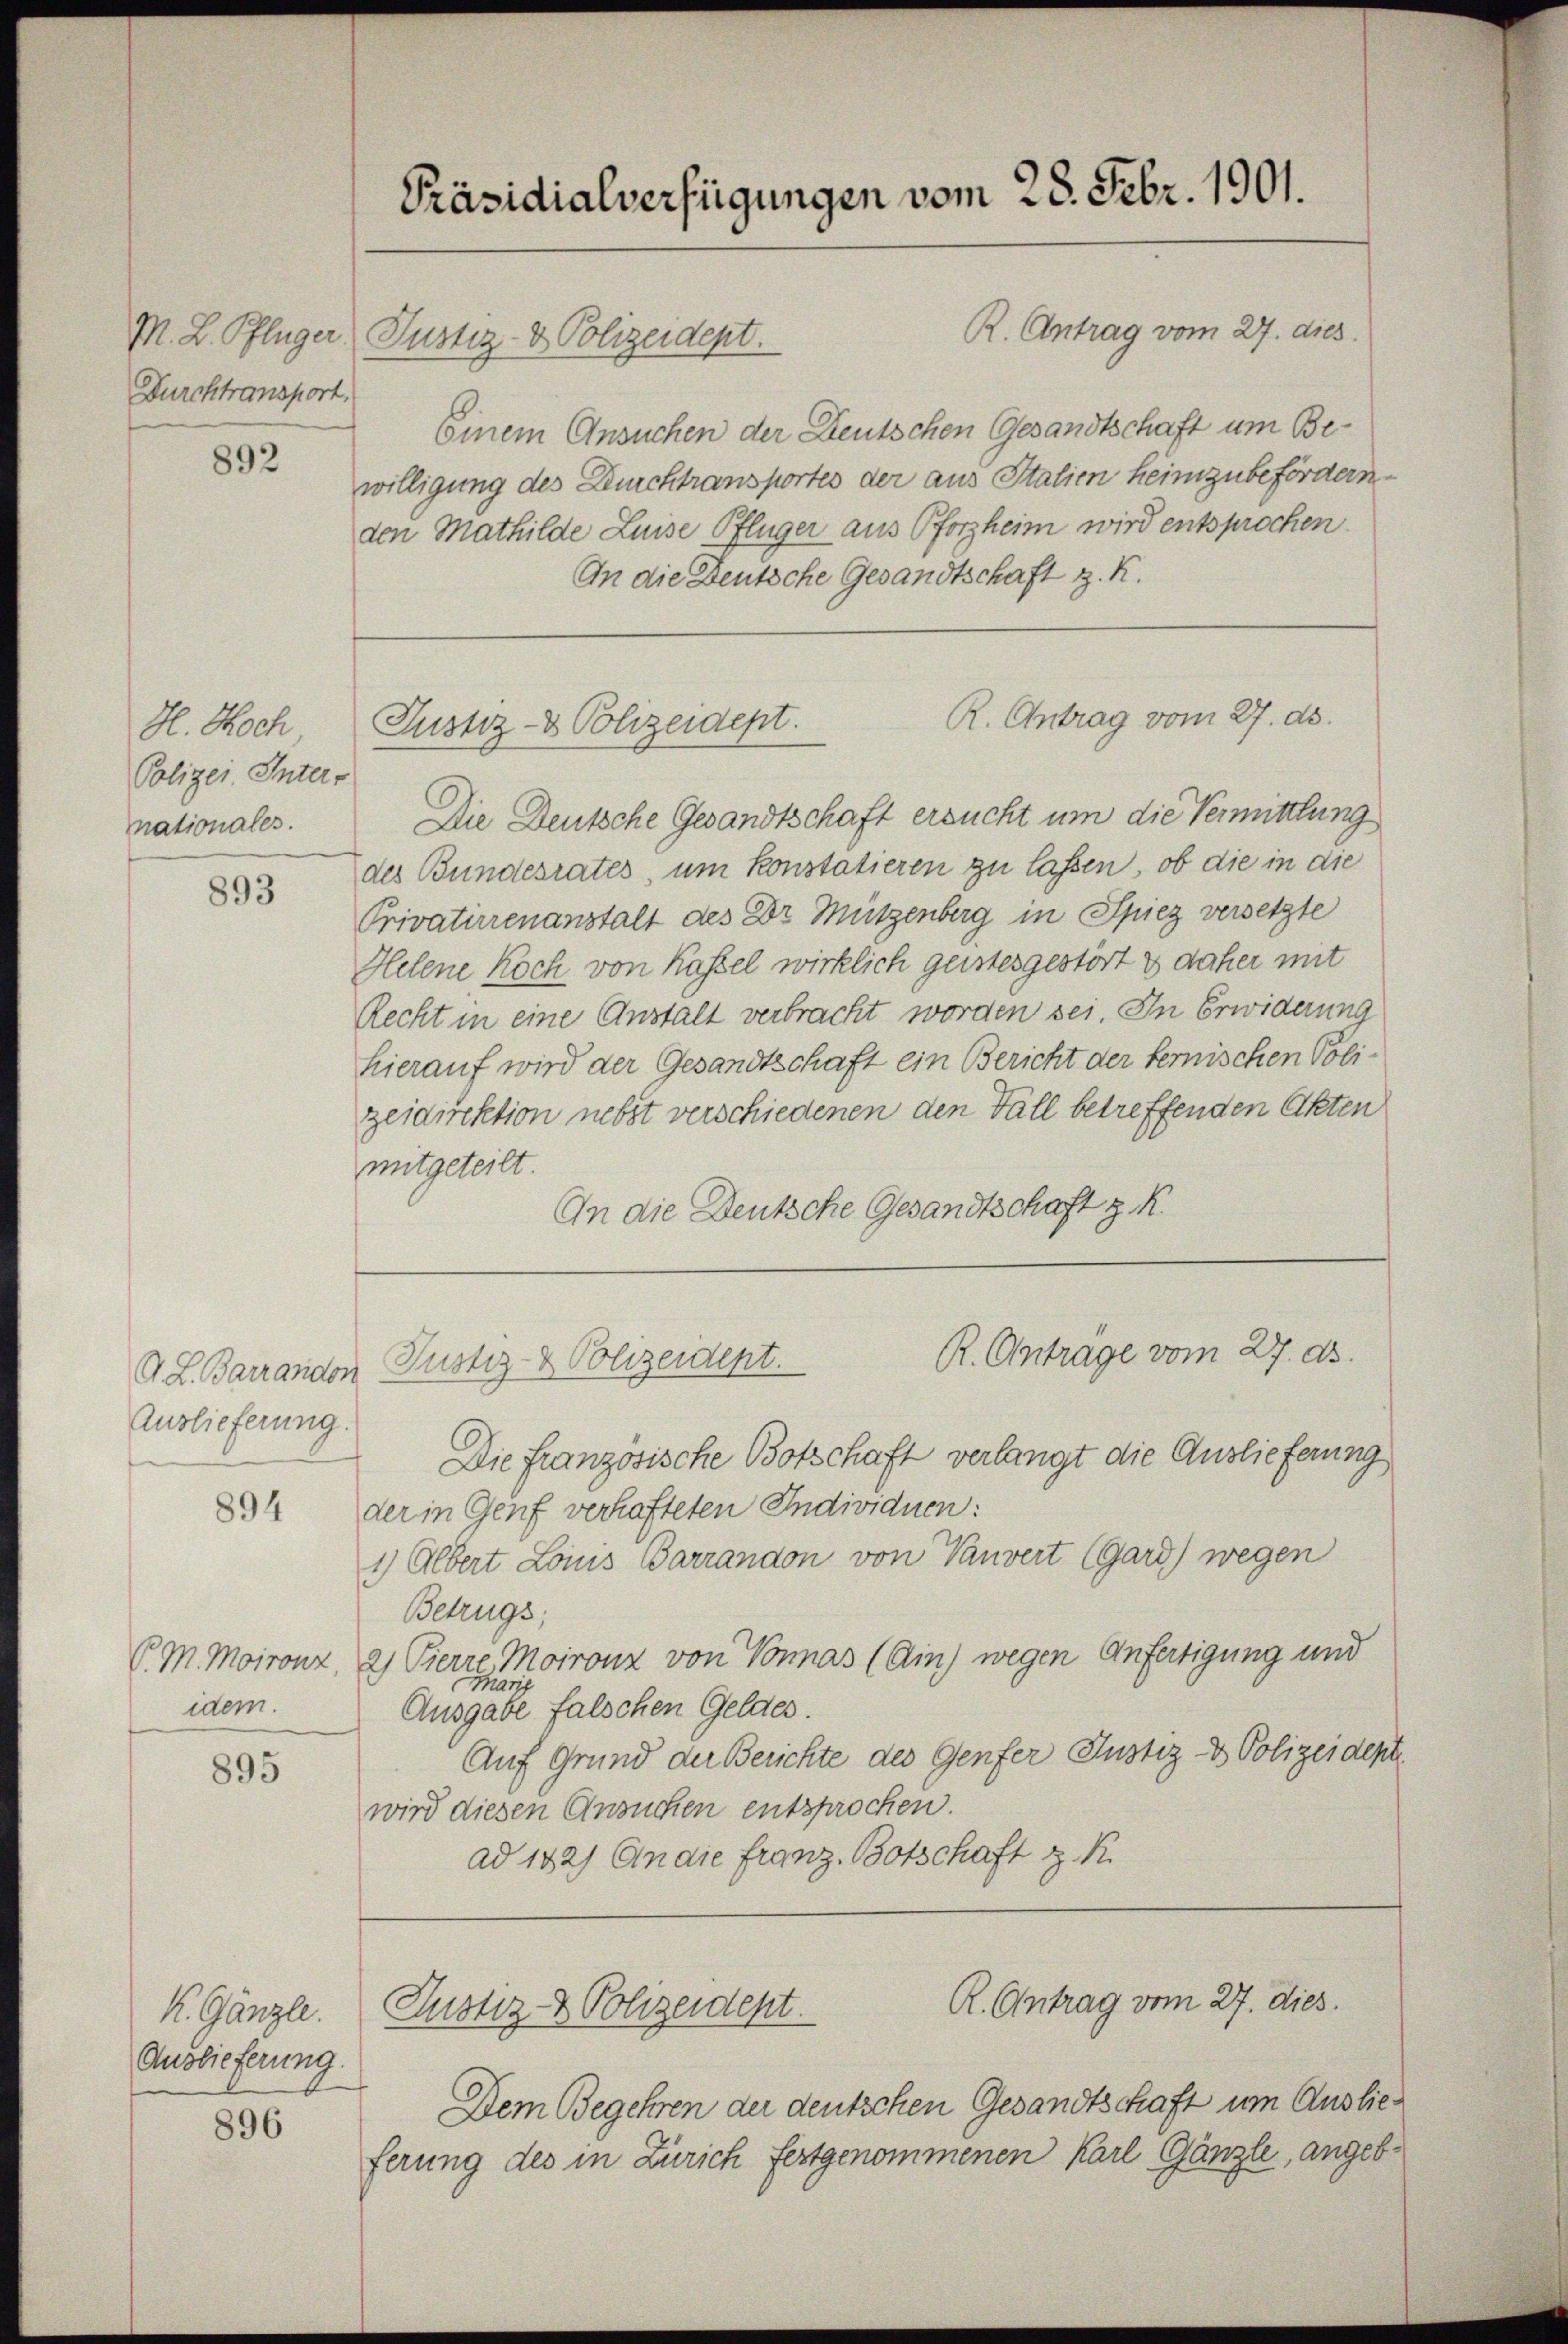
Durchtransport

892

H. Hoch
Polizei. Inter-
nationales.

893

Auslieferung.

894

idem.

895

K. Gänzle
Auslieferung.

896

R. Antrag vom 27. dies
M. L. Pflüger Justiz- & Polizeidept.
Einem Ansuchen der Deutschen Gesandtschaft um Bewilligung des Durchtransportes der aus Italien heimzubefördern
den Mathilde Luise Pflüger aus Pforzheim wird entsprochen.
An die Deutsche Gesandtschaft z. K.

Präsidialverfügungen vom 28. Febr. 1901.

R. Antrag vom 27. ds.
Justiz- & Polizeidept.

R. Antrage vom 27. ds.
A. L. Barrandon Pustiz- & Polizeident.

R. Antrag vom 27. dies.
Justiz- & Polizeidept.

Die Deutsche Gesandtschaft ersucht um die Vermittlung
des Bundesrates, um konstatieren zu lassen, ob die in die
Privaturrenanstalt des Dr. Mützenberg in Spiez versetzte
Helene Koch von Kassel wirklich geistesgestört & daher mit
Recht in eine Anstalt verbracht worden sei. In Erwiderung
hierauf wird der Gesandtschaft ein Bericht der fernischen Polizeidirektion nebst verschiedenen den Fall betreffenden Akten
mitgeteilt.
An die Deutsche Gesandtschaft z. R.

Die französische Botschaft verlangt die Auslieferung
der in Genf verhafteten Individuen:
1) Albert Lois Barrandon von Vanvert (Gard) wegen
Betrugs;
P. M. Maironz, 2) Pierre Moironz von Vonnas (Ain) wegen Anfertigung und
är
Ausgabe falschen Geldes.
Auf Grund der Berichte des Genfer Justiz- & Polizeident
wird diesen Ansuchen entsprochen.
ad 182) An die Franz. Botschaft z. R.

Dem Begehren der deutschen Gesandtschaft um Auslieferung des in Zürich festgenommenen Karl Gänzle, angeb¬